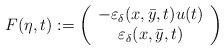
\begin{align*}\begin{aligned}F(\eta,t) & := \left(\begin{array}{c}- \varepsilon_\delta({x},\bar{y},t) u(t) \\\varepsilon_\delta({x},\bar{y},t)\end{array}\right)\end{aligned}\end{align*}